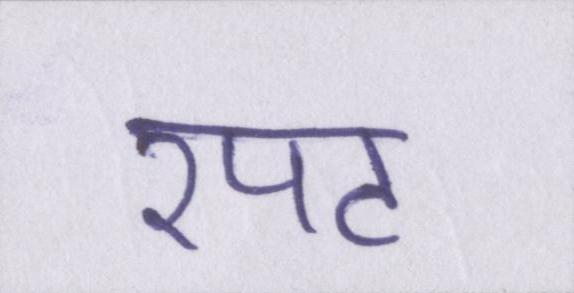
रपट